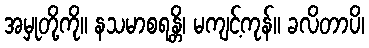
အမှုတို့ကို။ နသမာစရန္တိ၊ မကျင့်ကုန်။ ခလိတာပိ၊